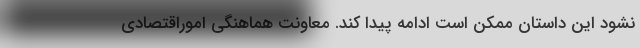
نشود این داستان ممکن است ادامه پیدا کند. معاونت هماهنگی اموراقتصادی